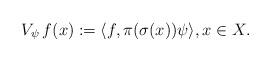
LaTeX: \begin{align*}V_{\psi}\,f(x) := \langle f, \pi(\sigma(x))\psi \rangle, x \in X.\end{align*}